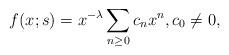
LaTeX: \begin{align*}&f(x;s)=x^{-\lambda} \sum_{n\geq 0} c_n x^{n},c_0\neq 0,\end{align*}